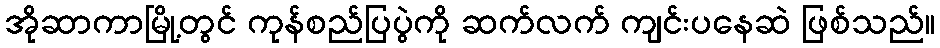
အိုဆာကာမြို့တွင် ကုန်စည်ပြပွဲကို ဆက်လက် ကျင်းပနေဆဲ ဖြစ်သည်။